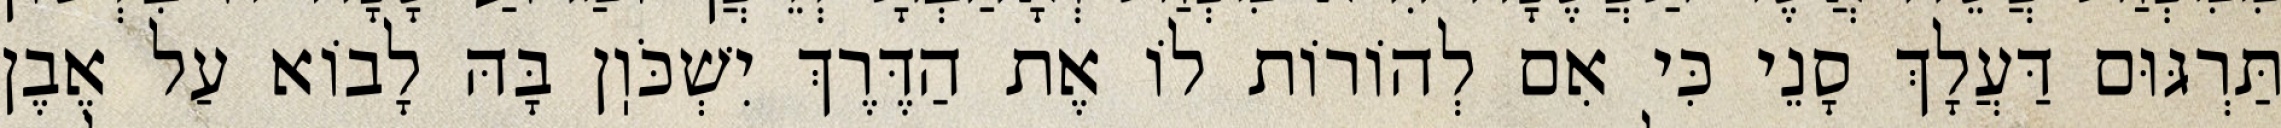
תַּרְגּוּם דַּעֲלָךְ סָנֵי כִּי אִם לְהוֹרוֹת לוֹ אֶת הַדֶּרֶךְ יִשְׁכֹּוֽן בָּהּ לָבוֹא עַל אֶבֶן